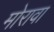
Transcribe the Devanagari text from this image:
मोरावा